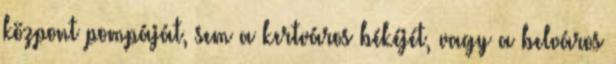
központ pompáját, sem a kertváros békéjét, vagy a belváros